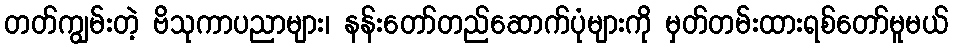
တတ်ကျွမ်းတဲ့ ဗိသုကာပညာများ၊ နန်းတော်တည်ဆောက်ပုံများကို မှတ်တမ်းထားရစ်တော်မူမယ်